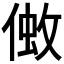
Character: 𠌒